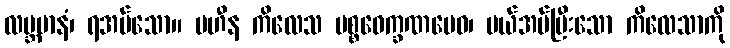
လဗ္ဘမာနံ၊ ရအပ်သော။ ပဟီန ကိလေသ ပစ္စဝေက္ခဏမေဝ၊ ပယ်အပ်ပြီးသော ကိလေသာကို